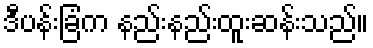
ဒီပန်းခြံက နည်းနည်းထူးဆန်းသည်။